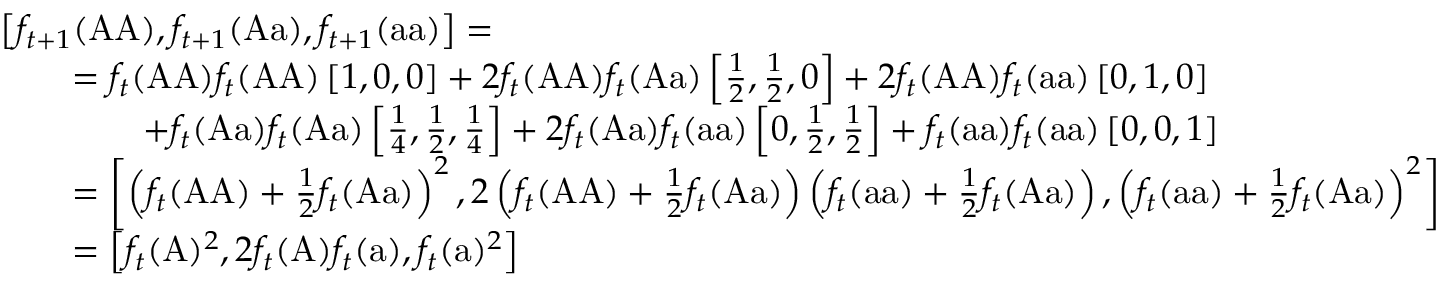
{ \begin{array} { r l } & { \left[ f _ { t + 1 } ( { \mathrm { A A } } ) , f _ { t + 1 } ( { \mathrm { A a } } ) , f _ { t + 1 } ( { \mathrm { a a } } ) \right] = } \\ & { \qquad = f _ { t } ( { \mathrm { A A } } ) f _ { t } ( { \mathrm { A A } } ) \left[ 1 , 0 , 0 \right] + 2 f _ { t } ( { \mathrm { A A } } ) f _ { t } ( { \mathrm { A a } } ) \left[ { \frac { 1 } { 2 } } , { \frac { 1 } { 2 } } , 0 \right] + 2 f _ { t } ( { \mathrm { A A } } ) f _ { t } ( { \mathrm { a a } } ) \left[ 0 , 1 , 0 \right] } \\ & { \qquad \qquad + f _ { t } ( { \mathrm { A a } } ) f _ { t } ( { \mathrm { A a } } ) \left[ { \frac { 1 } { 4 } } , { \frac { 1 } { 2 } } , { \frac { 1 } { 4 } } \right] + 2 f _ { t } ( { \mathrm { A a } } ) f _ { t } ( { \mathrm { a a } } ) \left[ 0 , { \frac { 1 } { 2 } } , { \frac { 1 } { 2 } } \right] + f _ { t } ( { \mathrm { a a } } ) f _ { t } ( { \mathrm { a a } } ) \left[ 0 , 0 , 1 \right] } \\ & { \qquad = \left[ \left( f _ { t } ( { \mathrm { A A } } ) + { \frac { 1 } { 2 } } f _ { t } ( { \mathrm { A a } } ) \right) ^ { 2 } , 2 \left( f _ { t } ( { \mathrm { A A } } ) + { \frac { 1 } { 2 } } f _ { t } ( { \mathrm { A a } } ) \right) \left( f _ { t } ( { \mathrm { a a } } ) + { \frac { 1 } { 2 } } f _ { t } ( { \mathrm { A a } } ) \right) , \left( f _ { t } ( { \mathrm { a a } } ) + { \frac { 1 } { 2 } } f _ { t } ( { \mathrm { A a } } ) \right) ^ { 2 } \right] } \\ & { \qquad = \left[ f _ { t } ( { \mathrm { A } } ) ^ { 2 } , 2 f _ { t } ( { \mathrm { A } } ) f _ { t } ( { \mathrm { a } } ) , f _ { t } ( { \mathrm { a } } ) ^ { 2 } \right] } \end{array} }